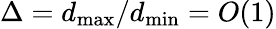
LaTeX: \Delta=d_{\operatorname*{max}}/d_{\operatorname*{min}}=O(1)